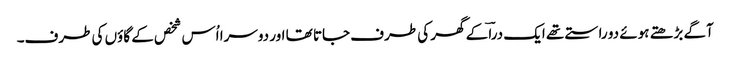
آگے بڑھتے ہوئے دو راستے تھے ایک دراؔ کے گھر کی طرف جاتا تھا اور دوسرا اُس شخص کے گاؤں کی طرف۔